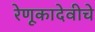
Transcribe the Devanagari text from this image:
रेणूकादेवीचे